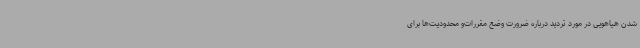
شدن هیاهویی در مورد تردید درباره ضرورت وضع مقررات‌و محدودیت‌ها برای